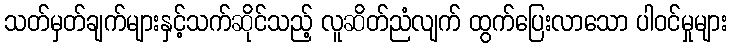
သတ်မှတ်ချက်များနှင့်သက်ဆိုင်သည့် လူဆိတ်ညံလျက် ထွက်ပြေးလာသော ပါဝင်မှုများ